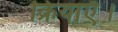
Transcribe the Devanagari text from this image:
क्रियाएँ।